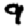
Digit: 9